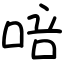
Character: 㖣